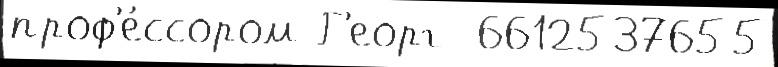
проф'е́ссором Г'еорг  6612537655